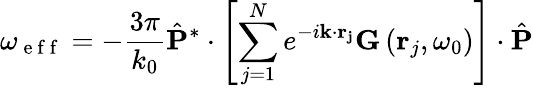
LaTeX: \omega_{\mathrm{~e~f~f~}}=-\frac{3\pi}{k_{0}}\hat{\mathbf{P}}^{*}\cdot\left[\sum_{j=1}^{N}e^{-i\mathbf{k}\cdot\mathbf{r_{j}}}\mathbf{G}\left(\mathbf{r}_{j},\omega_{0}\right)\right]\cdot\hat{\mathbf{P}}